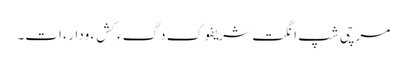
مرچی شپ انگت شریفوک دَگءِ کَشءَ ودارءَ اَت۔